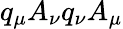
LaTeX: q_{\mu}A_{\nu}q_{\nu}A_{\mu}